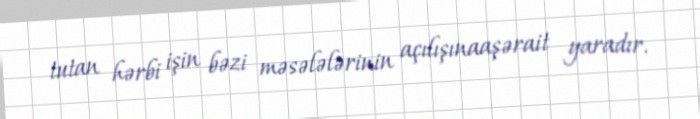
tutan hərbi işin bəzi məsələlərinin açılışınaaşərait yaradır.